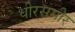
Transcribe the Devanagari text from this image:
धीरसमीर